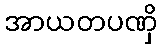
အာယတပဏှိ